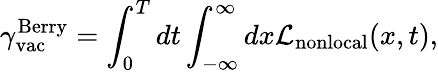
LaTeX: {\gamma}_{\mathrm{vac}}^{\mathrm{Berry}}=\int_{0}^{T}dt\int_{-\infty}^{\infty}dx{\cal L}_{\mathrm{nonlocal}}(x,t),